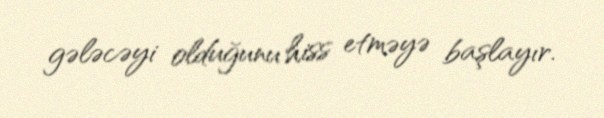
gələcəyi olduğunu hiss etməyə başlayır.